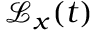
\mathcal { L } _ { x } ( t )